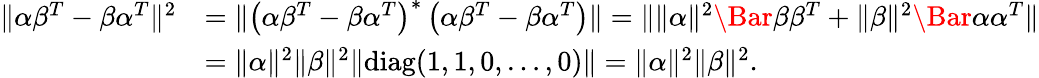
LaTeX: \begin{array}{rl}{\lVert\alpha\beta^{T}-\beta\alpha^{T}\rVert^{2}}&{=\lVert\left(\alpha\beta^{T}-\beta\alpha^{T}\right)^{\ast}\left(\alpha\beta^{T}-\beta\alpha^{T}\right)\rVert=\lVert\lVert\alpha\rVert^{2}\Bar\beta\beta^{T}+\lVert\beta\rVert^{2}\Bar\alpha\alpha^{T}\rVert}\\ &{=\lVert\alpha\rVert^{2}\lVert\beta\rVert^{2}\lVert\mathrm{diag}(1,1,0,\dots,0)\rVert=\lVert\alpha\rVert^{2}\lVert\beta\rVert^{2}.}\end{array}